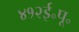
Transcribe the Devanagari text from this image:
४१२ई॰पू॰